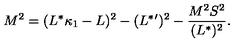
M ^ { 2 } = ( L ^ { * } \kappa _ { 1 } - L ) ^ { 2 } - ( L ^ { * } { } ^ { \prime } ) ^ { 2 } - { \frac { M ^ { 2 } S ^ { 2 } } { ( L ^ { * } ) ^ { 2 } } } .